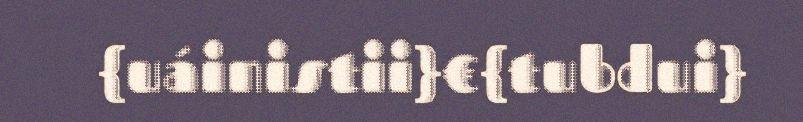
{uáinistii}€{tubdui}